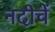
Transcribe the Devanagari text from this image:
नदीचें